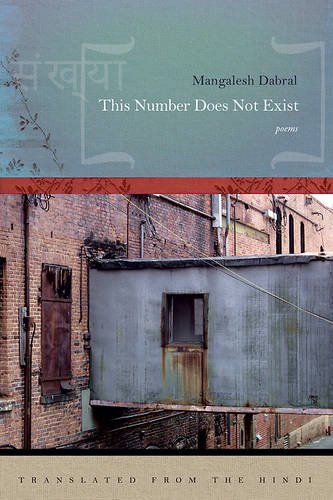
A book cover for This Number Does Not Exist; Mangalesh Dabral; Politics & Social Sciences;